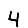
Digit: 4